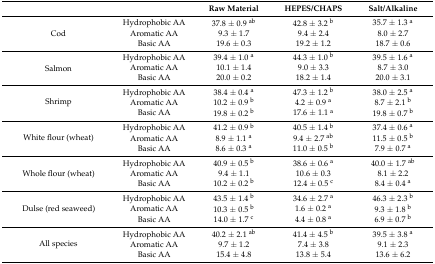
<table><thead><tr><td colspan="2">[EMPTY_CELL]</td><td><b>Raw Material</b></td><td><b>HEPES/CHAPS</b></td><td><b>Salt/Alkaline</b></td></tr></thead><tbody><tr><td rowspan="3">Cod</td><td>Hydrophobic AA</td><td>37.8 ± 0.9 <sup>ab</sup></td><td>42.8 ± 3.2 <sup>b</sup></td><td>35.7 ± 1.3 <sup>a</sup></td></tr><tr><td>Aromatic AA</td><td>9.3 ± 1.7</td><td>9.4 ± 2.4</td><td>8.0 ± 2.7</td></tr><tr><td>Basic AA</td><td>19.6 ± 0.3</td><td>19.2 ± 1.2</td><td>18.7 ± 0.6</td></tr><tr><td rowspan="3">Salmon</td><td>Hydrophobic AA</td><td>39.4 ± 1.0 <sup>a</sup></td><td>44.3 ± 1.0 <sup>b</sup></td><td>39.5 ± 1.6 <sup>a</sup></td></tr><tr><td>Aromatic AA</td><td>10.1 ± 1.4</td><td>9.0 ± 3.3</td><td>8.7 ± 3.0</td></tr><tr><td>Basic AA</td><td>20.0 ± 0.2</td><td>18.2 ± 1.4</td><td>20.0 ± 3.1</td></tr><tr><td rowspan="3">Shrimp</td><td>Hydrophobic AA</td><td>38.4 ± 0.4 <sup>a</sup></td><td>47.3 ± 1.2 <sup>b</sup></td><td>38.0 ± 2.5 <sup>a</sup></td></tr><tr><td>Aromatic AA</td><td>10.2 ± 0.9 <sup>b</sup></td><td>4.2 ± 0.9 <sup>a</sup></td><td>8.7 ± 2.1 <sup>b</sup></td></tr><tr><td>Basic AA</td><td>19.8 ± 0.2 <sup>b</sup></td><td>17.6 ± 1.1 <sup>a</sup></td><td>19.8 ± 0.7 <sup>b</sup></td></tr><tr><td rowspan="3">White flour (wheat)</td><td>Hydrophobic AA</td><td>41.2 ± 0.9 <sup>b</sup></td><td>40.5 ± 1.4 <sup>b</sup></td><td>37.4 ± 0.6 <sup>a</sup></td></tr><tr><td>Aromatic AA</td><td>8.9 ± 1.1 <sup>a</sup></td><td>9.4 ± 2.7 <sup>ab</sup></td><td>11.5 ± 0.5 <sup>b</sup></td></tr><tr><td>Basic AA</td><td>8.6 ± 0.3 <sup>a</sup></td><td>11.0 ± 0.5 <sup>b</sup></td><td>7.9 ± 0.7 <sup>a</sup></td></tr><tr><td rowspan="3">Whole flour (wheat)</td><td>Hydrophobic AA</td><td>40.9 ± 0.5 <sup>b</sup></td><td>38.6 ± 0.6 <sup>a</sup></td><td>40.0 ± 1.7 <sup>ab</sup></td></tr><tr><td>Aromatic AA</td><td>9.4 ± 1.1</td><td>10.6 ± 0.3</td><td>8.1 ± 2.2</td></tr><tr><td>Basic AA</td><td>10.2 ± 0.2 <sup>b</sup></td><td>12.4 ± 0.5 <sup>c</sup></td><td>8.4 ± 0.4 <sup>a</sup></td></tr><tr><td rowspan="3">Dulse (red seaweed)</td><td>Hydrophobic AA</td><td>43.5 ± 1.4 <sup>b</sup></td><td>34.6 ± 2.7 <sup>a</sup></td><td>46.3 ± 2.3 <sup>b</sup></td></tr><tr><td>Aromatic AA</td><td>10.3 ± 0.5 <sup>b</sup></td><td>1.6 ± 0.2 <sup>a</sup></td><td>9.3 ± 1.8 <sup>b</sup></td></tr><tr><td>Basic AA</td><td>14.0 ± 1.7 <sup>c</sup></td><td>4.4 ± 0.8 <sup>a</sup></td><td>6.9 ± 0.7 <sup>b</sup></td></tr><tr><td rowspan="3">All species</td><td>Hydrophobic AA</td><td>40.2 ± 2.1 <sup>ab</sup></td><td>41.4 ± 4.5 <sup>b</sup></td><td>39.5 ± 3.8 <sup>a</sup></td></tr><tr><td>Aromatic AA</td><td>9.7 ± 1.2</td><td>7.4 ± 3.8</td><td>9.1 ± 2.3</td></tr><tr><td>Basic AA</td><td>15.4 ± 4.8</td><td>13.8 ± 5.4</td><td>13.6 ± 6.2</td></tr></tbody></table>